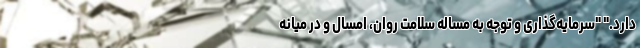
دارد." "سرمایه‌گذاری و توجه به مساله سلامت روان، امسال و در میانه